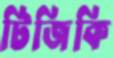
টিজিকি